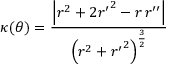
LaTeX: \kappa ( \theta ) = { \frac { \left| r ^ { 2 } + 2 { r ^ { \prime } } ^ { 2 } - r \, r ^ { \prime \prime } \right| } { \left( r ^ { 2 } + { r ^ { \prime } } ^ { 2 } \right) ^ { \frac { 3 } { 2 } } } }